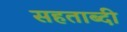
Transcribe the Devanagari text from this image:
सहताब्दी